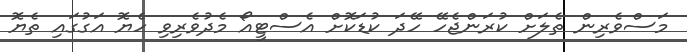
މަސްވެރިން ތެލަށް ކުރަންޖެހޭ ހޭދަ ކުޑަކޮށް އެސްޓީއޯ މެދުވެރިވި ހެޔޮ އަގުގައި ތެޔޮ